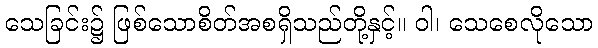
သေခြင်း၌ ဖြစ်သောစိတ်အစရှိသည်တို့နှင့်။ ဝါ၊ သေစေလိုသော